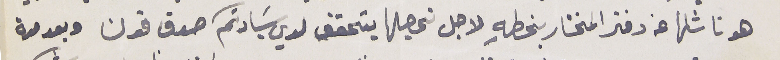
هو ناشلها عن دفتر المختار بخطهِ لاجل تحصيلها يتحقق لدي سَيادتكم صدق قولنا وبعد مدة